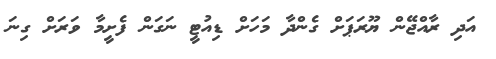
އަދި ރާއްޖޭން ޔޫރަޕަށް ގެންދާ މަހަށް ޑިއުޓީ ނަގަން ފެށީމާ ވަރަށް ގިނަ